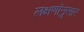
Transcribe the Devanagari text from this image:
लक्षणांनुसार